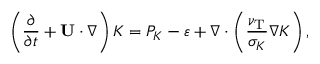
\left( { \frac { \partial } { \partial t } + { \bf { U } } \cdot \nabla } \right) K = P _ { K } - \varepsilon + \nabla \cdot \left( { \frac { \nu _ { \mathrm { { T } } } } { \sigma _ { K } } \nabla K } \right) ,